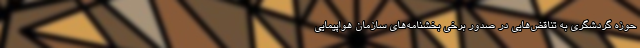
حوزه گردشگری به تناقض‌هایی در صدور برخی بخشنامه‌های سازمان هواپیمایی